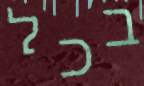
בכל